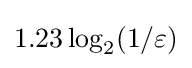
1.23\log _{2}(1/\varepsilon )